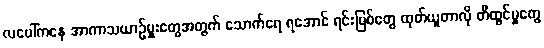
လပေါ်ကနေ အာကာသယာဉ်မှူးတွေအတွက် သောက်ရေ ရအောင် ရင်းမြစ်တွေ ထုတ်ယူတာလို တီထွင်မှုတွေ